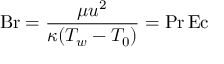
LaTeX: \mathrm { B r } = { \frac { \mu u ^ { 2 } } { \kappa ( T _ { w } - T _ { 0 } ) } } = \mathrm { P r } \, \mathrm { E c }